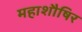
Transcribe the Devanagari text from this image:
महाशौषिर